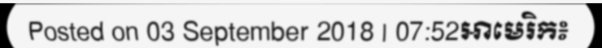
Posted on 03 September 2018 | 07:52អាមេរិក៖